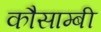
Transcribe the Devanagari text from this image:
कौसाम्बी